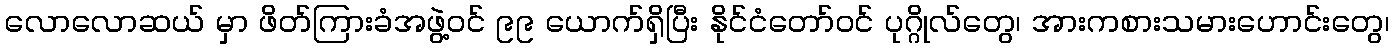
လောလောဆယ် မှာ ဖိတ်ကြားခံအဖွဲ့ဝင် ၉၉ ယောက်ရှိပြီး နိုင်ငံတော်ဝင် ပုဂ္ဂိုလ်တွေ၊ အားကစားသမားဟောင်းတွေ၊